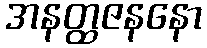
အနတ္ထဇနနော